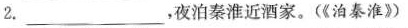
2.___，夜泊秦淮近酒家。(《泊秦淮》)